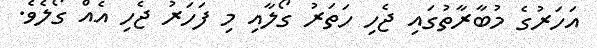
އަހަރުގެ މުބާރާތުގައި ޖެހި ހަތަރު ގޯލާއި މި ފަހަރު ޖެހި އެއް ގޯލެވެ.